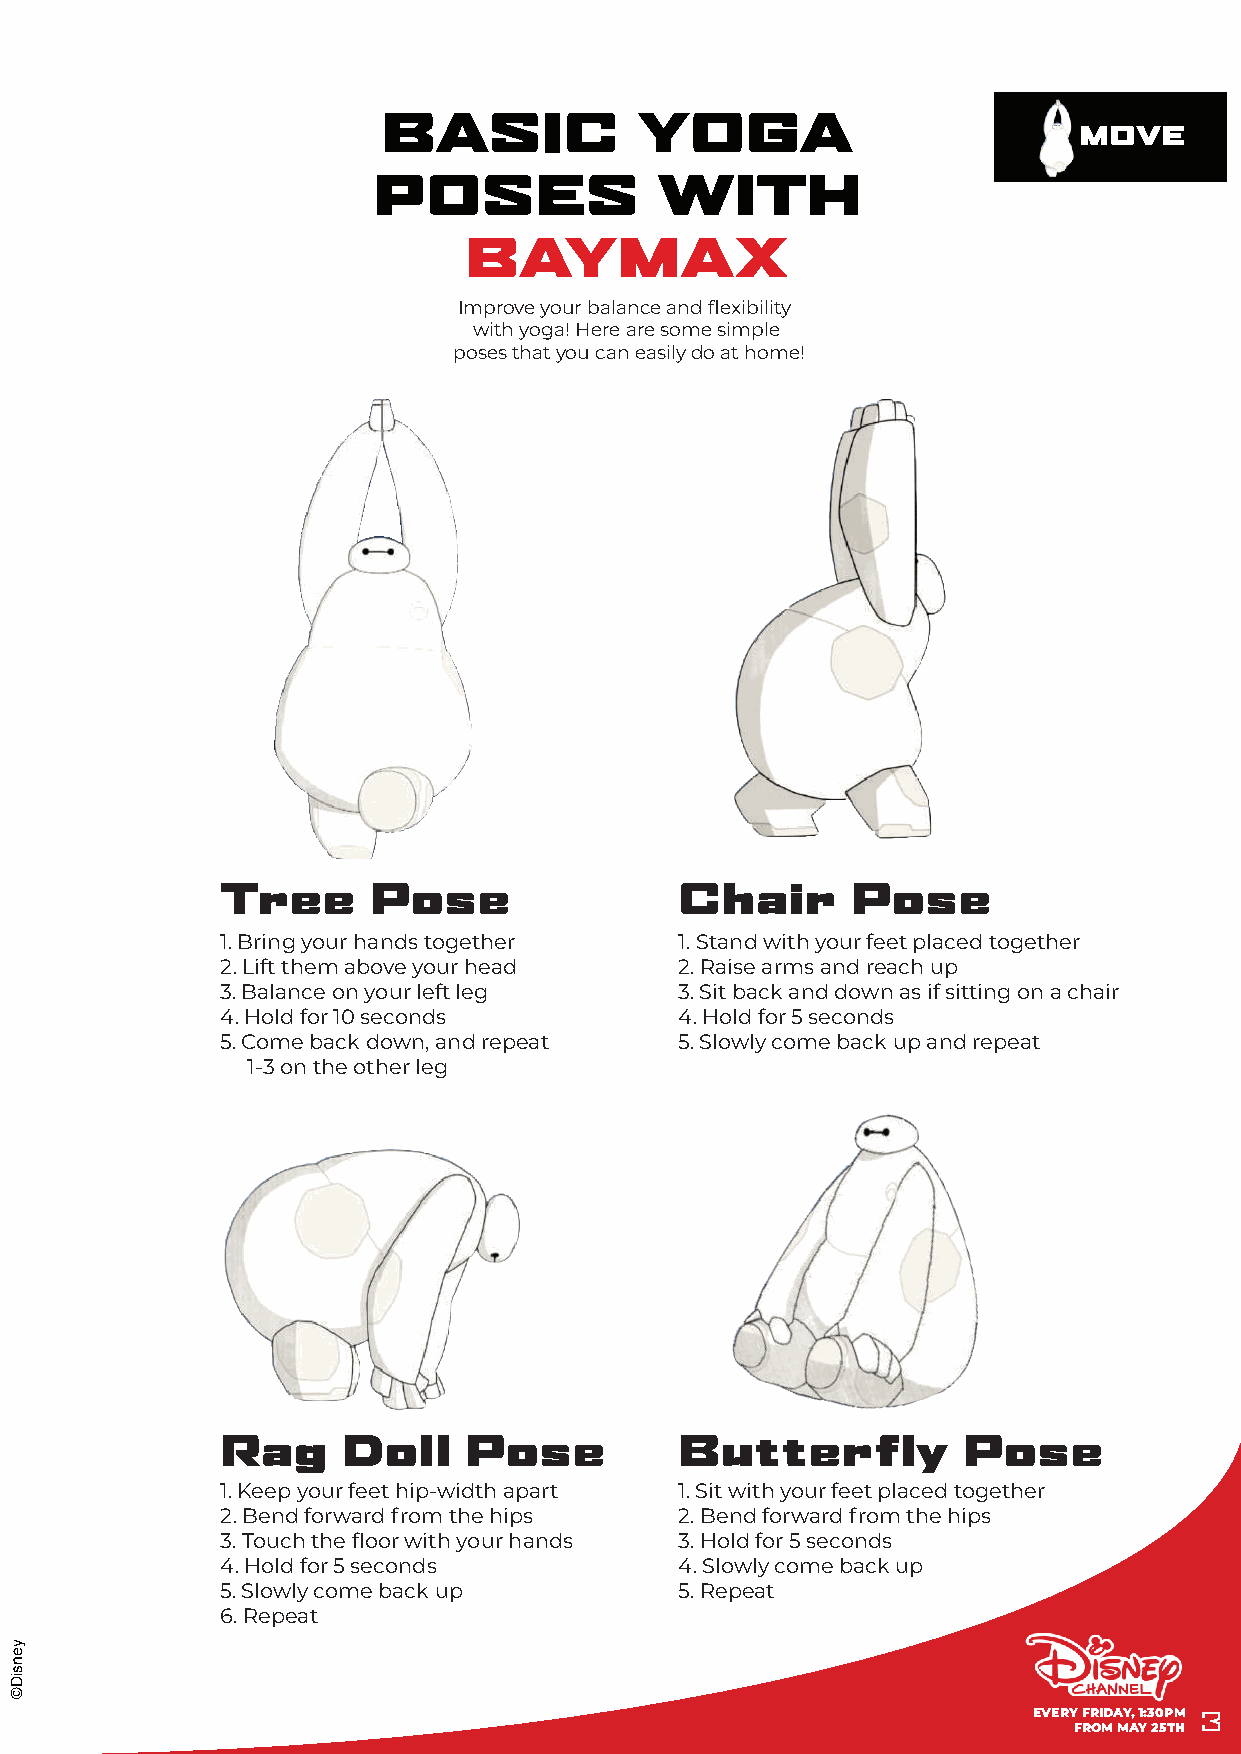
BASIC            YOGA
 MOVE
 POSES             WITH
 BAYMAX
 Improve your balance and flexibility
 with yoga! Here are some simple
 poses that you can easily do at home!
 Tree     Pose                 Chair      Pose
 1. Bring your hands together  1. Stand with your feet placed together
 2. Lift them above your head  2. Raise arms and reach up
 3. Balance on your left leg   3. Sit back and down as if sitting on a chair
 4. Hold for 10 seconds        4. Hold for 5 seconds
 5. Come back down, and repeat 5. Slowly come back up and repeat
 1-3 on the other leg
 Rag     Doll    Pose          Butterfly          Pose
 1. Keep your feet hip-width apart 1. Sit with your feet placed together
 2. Bend forward from the hips 2. Bend forward from the hips
 3. Touch the floor with your hands 3. Hold for 5 seconds
 4. Hold for 5 seconds         4. Slowly come back up
 5. Slowly come back up        5. Repeat
 6. Repeat
 EVERY FRIDAY, 1:30PM 3
 FROM MAY 25TH
 yensiD©
 RREEWWOOPP PPUU XXAAMMYYAABB
 HHTTIIWW
 LLAAVVIINNRRAACC